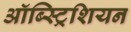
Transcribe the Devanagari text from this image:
ऑब्स्ट्रिशियन